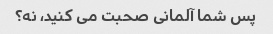
پس شما آلمانی صحبت می کنید، نه؟